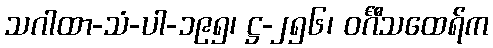
သဂါထာ-သံ-ပါ-၁၉၅၊ ဋ္ဌ-၂၅၆၊ ဝင်္ဂီသထေရ်က